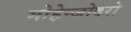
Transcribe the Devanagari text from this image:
मोहेन्जोदरो